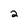
Character: 2